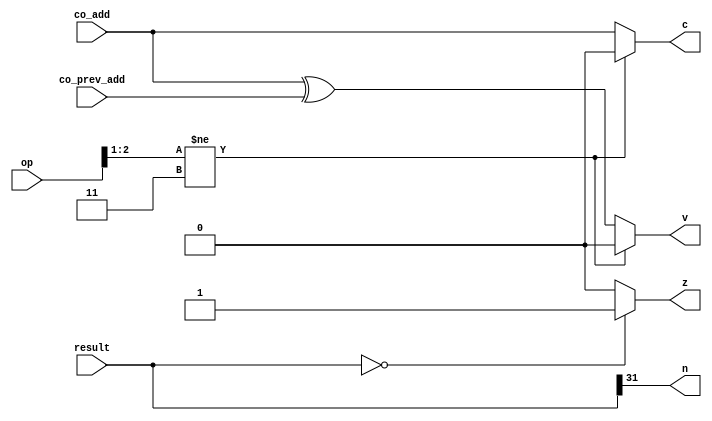
module cal_flags32(op, result, co_add, co_prev_add, c, n, z, v);
	input [2:0] op;		// 3-bit operation code
	input [31:0] result;		// 4-bit ALU result
	input co_add, co_prev_add;
	
	output c, n, z, v;
	
	// assign each output
	assign c = (op[2:1] != 2'b11) ? 1'b0 : co_add;		// carry // conditional operator
	assign n = result[31];		// negative
	assign z = (result == 32'b0) ? 1'b1 : 1'b0;		// zero  // conditional operator
	assign v = (op[2:1] != 2'b11) ? 1'b0 : co_add ^ co_prev_add;		// overflow // conditional operator
	
endmodule